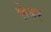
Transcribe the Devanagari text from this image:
फेमर